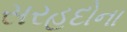
સરહદોના